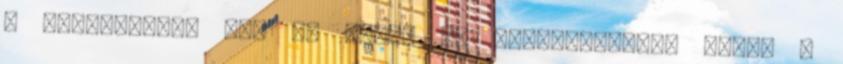
a testületben már az RMDSZ is képviseltette magát 3